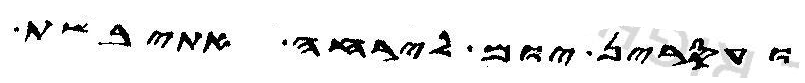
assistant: ועסרין יום לירחה אתיבשת